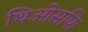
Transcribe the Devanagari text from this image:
थिओसफि